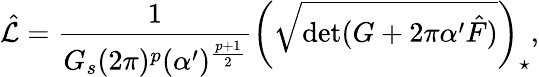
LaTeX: \hat{\cal L}=\frac{1}{G_{s}(2\pi)^{p}(\alpha^{\prime})^{\frac{p+1}{2}}}\left(\sqrt{\mathrm{det}(G+2\pi\alpha^{\prime}\hat{F})}\right)_{\star},